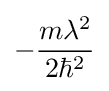
-{\frac {m\lambda ^{2}}{2\hbar ^{2}}}